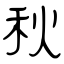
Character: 秋